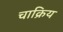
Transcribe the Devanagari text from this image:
चाक्रिय